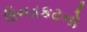
ઉનડકટનો